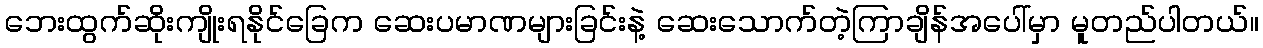
ဘေးထွက်ဆိုးကျိုးရနိုင်ခြေက ဆေးပမာဏများခြင်းနဲ့ ဆေးသောက်တဲ့ကြာချိန်အပေါ်မှာ မူတည်ပါတယ်။